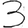
Digit: 3